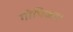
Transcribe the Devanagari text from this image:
गोपिका।